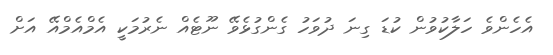
އެހެންވެ ހަލާކުވުން ކުޑަ ގިނަ ދުވަހު ގެންގުޅެވޭ ނޫޓެއް ނެރުމަކީ އެމްއެމްއޭ އަށް